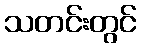
သတင်းတွင်